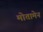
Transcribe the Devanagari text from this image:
मोतामेन